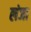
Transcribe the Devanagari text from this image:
लंजा